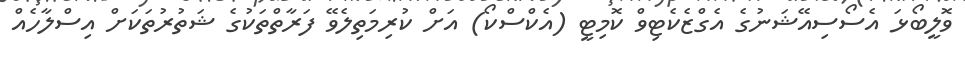
ވޮލީބޯޅަ އެސޯސިއޭޝަނުގެ އެގްޒެކެޓިވް ކޮމިޓީ (އެކްސްކޯ) އަށް ކުރިމަތިލެވޭ ފަރާތްތަކުގެ ޝަތުރުތަކަށް އިސްލާހެއް